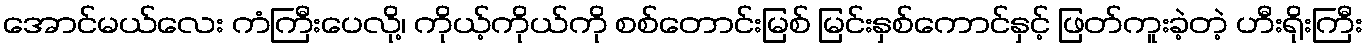
အောင်မယ်လေး ကံကြီးပေလို့၊ ကိုယ့်ကိုယ်ကို စစ်တောင်းမြစ် မြင်းနှစ်ကောင်နှင့် ဖြတ်ကူးခဲ့တဲ့ ဟီးရိုးကြီး